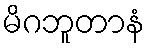
မိဂဘူတာနံ